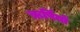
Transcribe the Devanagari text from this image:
ऋर्षियों